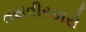
તસવીરકારો